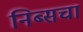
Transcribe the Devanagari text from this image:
निब्सचा